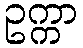
ဥက္ကာ